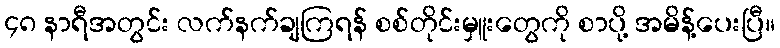
၄၈ နာရီအတွင်း လက်နက်ချကြရန် စစ်တိုင်းမှူးတွေကို စာပို့ အမိန့်ပေးပြီ။